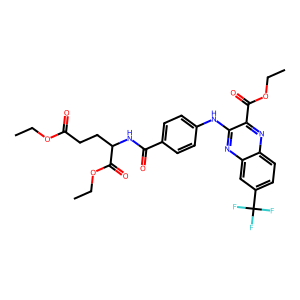
SMILES: CCOC(=O)CCC(NC(=O)c1ccc(Nc2nc3cc(C(F)(F)F)ccc3nc2C(=O)OCC)cc1)C(=O)OCC
Inhibits HIV replication: No